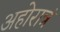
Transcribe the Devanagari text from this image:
अहोरात्रं